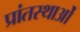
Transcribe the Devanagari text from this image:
प्रांतस्थाओं